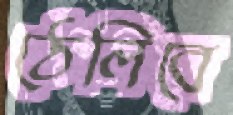
ঠেলিবে